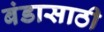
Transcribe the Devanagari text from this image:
बंडासाठी